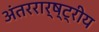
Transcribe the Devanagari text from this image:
अंतररार्ष्ट्रीय